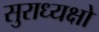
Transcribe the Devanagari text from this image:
सुराध्यक्षो